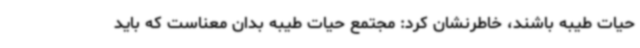
حیات طیبه باشند، خاطرنشان کرد: مجتمع حیات طیبه بدان معناست که باید